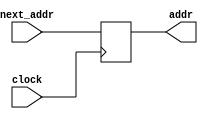
/*Assign next address*/
module pcRegister(input clock, input  [31:0] next_addr, output reg [31:0] addr);

initial begin
	addr = 32'h00400020;
	end
always @(posedge clock)//negedge would have worked too ? clock usage was not specified
	addr <= next_addr;
endmodule
////////////


/*Add 4 to current address*/
module adder(input [31:0] addr, output reg [31:0] out);

always@(addr)
	out <= addr + 4; //I got error for using assign

endmodule
////////////

/*Reads in Instructions from Memory*/
module memory(input [31:0] addr, output reg [31:0] instruction);

integer noOfInstructions = 0;
reg [31:0] mem [32'h100000:32'h101000]; // ask why this instead of [3:0]
reg [31:0] word_addr;

initial begin
	$readmemh("add_test.v", mem);
end
always @(addr)
begin
	word_addr = addr >> 2; // ask difference btwn read and word address and need for this >>2
	instruction = mem[word_addr];
	noOfInstructions = noOfInstructions + 1;
end
endmodule
////////////